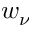
w _ { \nu }